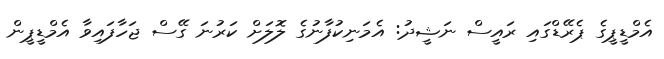
އެމްޑީޕީގެ ޕެރޭޑްގައި ރައީސް ނަޝީދު: އެމަނިކުފާނުގެ ލޮލަށް ކަރުނަ ގޭސް ޖަހާފައިވާ އެމްޑީޕީން